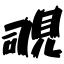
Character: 覗